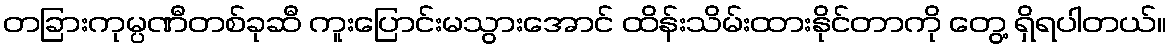
တခြားကုမ္ပဏီတစ်ခုဆီ ကူးပြောင်းမသွားအောင် ထိန်းသိမ်းထားနိုင်တာကို တွေ့ ရှိရပါတယ်။